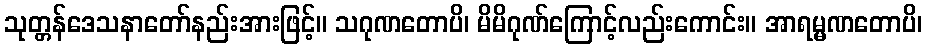
သုတ္တန်ဒေသနာတော်နည်းအားဖြင့်။ သဂုဏတောပိ၊ မိမိဂုဏ်ကြောင့်လည်းကောင်း။ အာရမ္မဏတောပိ၊